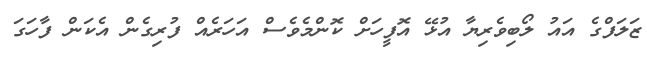
ޒަލަފްގެ އައު ލޯބިވެރިޔާ އުޅޭ އޮފީހަށް ކޮންމެވެސް އަހަރެއް ފުރިގެން އެކަން ފާހަގަ